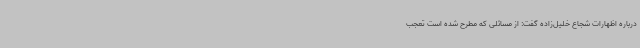
درباره اظهارات شجاع خلیل‌زاده گفت: از مسائلی که مطرح شده است تعجب